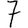
Digit: 7